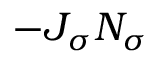
- J _ { \sigma } N _ { \sigma }